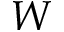
W